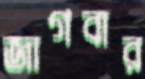
জাগবার